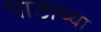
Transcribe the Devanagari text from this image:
पाठाच्या